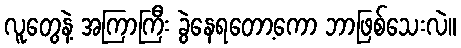
လူတွေနဲ့ အကြာကြီး ခွဲနေရတော့ကော ဘာဖြစ်သေးလဲ။